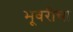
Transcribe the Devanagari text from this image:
भूवरीचा